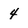
Character: 4